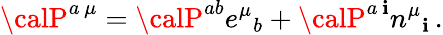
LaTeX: {\calP}^{a\, \mu}={\calP}^{ab}e^{\mu}{}_{b}+{\calP}^{a\, \mathbf{i}}n^{\mu}{}_{\mathbf{i}}\, .